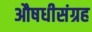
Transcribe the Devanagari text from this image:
औषधीसंग्रह